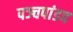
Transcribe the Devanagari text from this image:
पञ्चपांडव